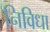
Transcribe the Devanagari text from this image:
निविधा